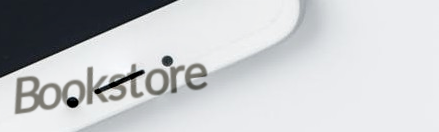
Bookstore